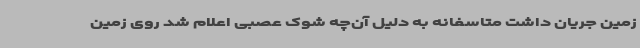
زمین جریان داشت متاسفانه به دلیل آن‌چه شوک عصبی اعلام شد روی زمین